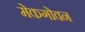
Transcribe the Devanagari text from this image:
मेकगोवन